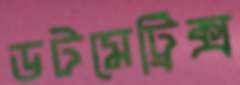
ডটমেট্রিক্স